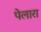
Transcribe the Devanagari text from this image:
पेलारा